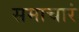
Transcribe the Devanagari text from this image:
समाचारं